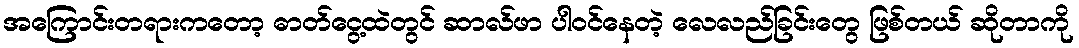
အကြောင်းတရားကတော့ ဓာတ်ငွေ့ထဲတွင် ဆာလ်ဖာ ပါဝင်နေတဲ့ လေလည်ခြင်းတွေ ဖြစ်တယ် ဆိုတာကို